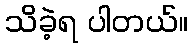
သိခဲ့ရ ပါတယ်။